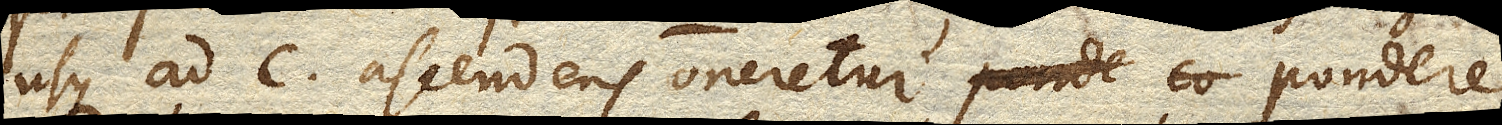
usque ad c ascendens oneretur pondere